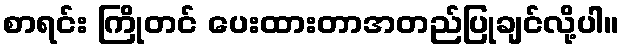
စာရင်း ကြိုတင် ပေးထားတာအတည်ပြုချင်လို့ပါ။